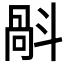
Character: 𣂄